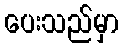
ပေးသည်မှာ